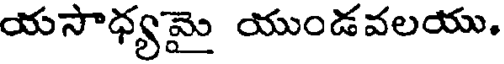
యసాధ్యమై యుండవలయు.